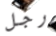
رجل